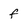
Character: f